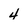
Character: 4